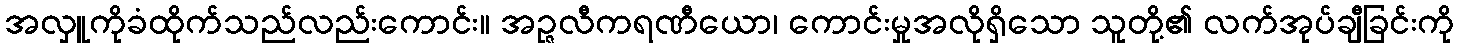
အလှူကိုခံထိုက်သည်လည်းကောင်း။ အဉ္ဇလီကရဏီယော၊ ကောင်းမှုအလိုရှိသော သူတို့၏ လက်အုပ်ချီခြင်းကို